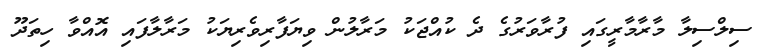
ސިލްސިލާ މާރާމާރީގައި ފުރާވަރުގެ ދެ ކުއްޖަކު މަރާލުން ވިޔަފާރިވެރިޔަކު މަރާލާފައި އޮއްވާ ހިތަދޫ